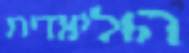
הוליוודית